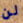
لن